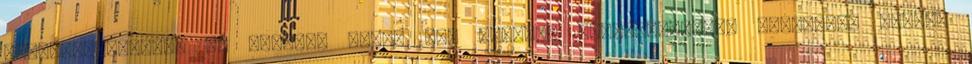
turbómotorokkal, az IRL-ben pedig 3,5 literes szívómotorkkal indulnak. Azért,